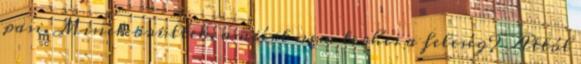
pasi. Minek örültek, amiért nem terhes a feleség? Attól